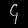
Digit: ၄